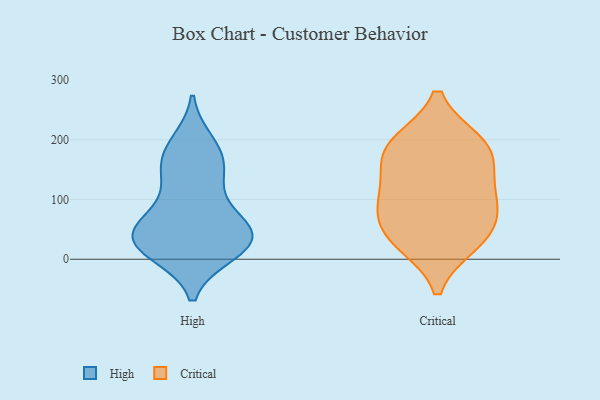
{"axis": {"x": "Production Output", "y": "Value"}, "legend": ["Critical", "High"], "data": [{"x": "", "y": 17, "type": "High"}, {"x": "", "y": 26, "type": "High"}, {"x": "", "y": 69, "type": "High"}, {"x": "", "y": 174, "type": "High"}, {"x": "", "y": 139, "type": "High"}, {"x": "", "y": 24, "type": "High"}, {"x": "", "y": 43, "type": "High"}, {"x": "", "y": 170, "type": "High"}, {"x": "", "y": 46, "type": "High"}, {"x": "", "y": 56, "type": "High"}, {"x": "", "y": 125, "type": "High"}, {"x": "", "y": 12, "type": "High"}, {"x": "", "y": 193, "type": "High"}, {"x": "", "y": 42, "type": "High"}, {"x": "", "y": 90, "type": "Critical"}, {"x": "", "y": 112, "type": "Critical"}, {"x": "", "y": 50, "type": "Critical"}, {"x": "", "y": 194, "type": "Critical"}, {"x": "", "y": 28, "type": "Critical"}, {"x": "", "y": 95, "type": "Critical"}, {"x": "", "y": 194, "type": "Critical"}, {"x": "", "y": 157, "type": "Critical"}, {"x": "", "y": 180, "type": "Critical"}, {"x": "", "y": 34, "type": "Critical"}]}